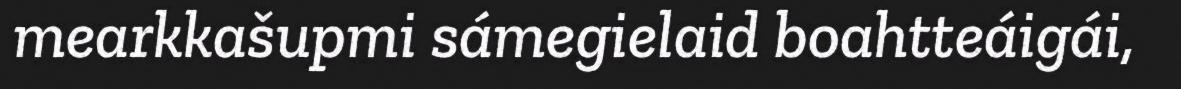
mearkkašupmi sámegielaid boahtteáigái,